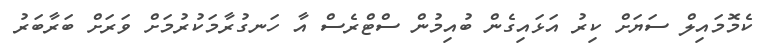
ކެމޮމައިލް ސަޔަށް ކިރު އަޅައިގެން ބުއިމުން ސްޓްރެސް އާ ހަނގުރާމަކުރުމަށް ވަރަށް ބަރާބަރު